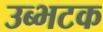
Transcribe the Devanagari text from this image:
उब्भटक